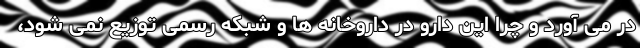
در می آورد و چرا این دارو در داروخانه ها و شبکه رسمی توزیع نمی شود،